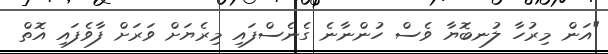
"އަން މިރުހާ ލުނބޮޔާ ވެސް ހުންނާނެ ގެނެސްފައި މިރެޔަށް ވަރަށް ފާވެފައި އޮތް